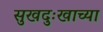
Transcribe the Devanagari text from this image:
सुखदुःखाच्या